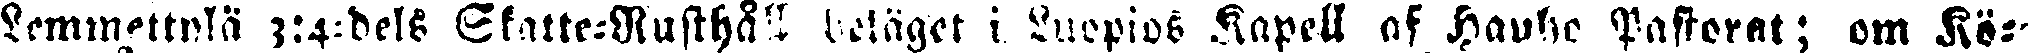
Lemmettylä 3:4:dels Skatte-Rusthåll beläget i Kuopios Kapell of Hauho Pastorat; om Kö-